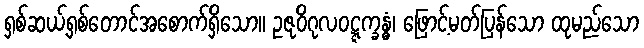
ရှစ်ဆယ့်ရှစ်တောင်အစောက်ရှိသော။ ဥဇုဝိဂုလဝဋ္ဋက္ခန္ဓံ၊ ဖြောင့်မတ်ပြန်သော ထုမည်သော